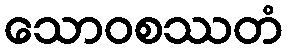
သောဝစဿတံ